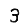
Digit: 3